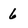
Character: 6